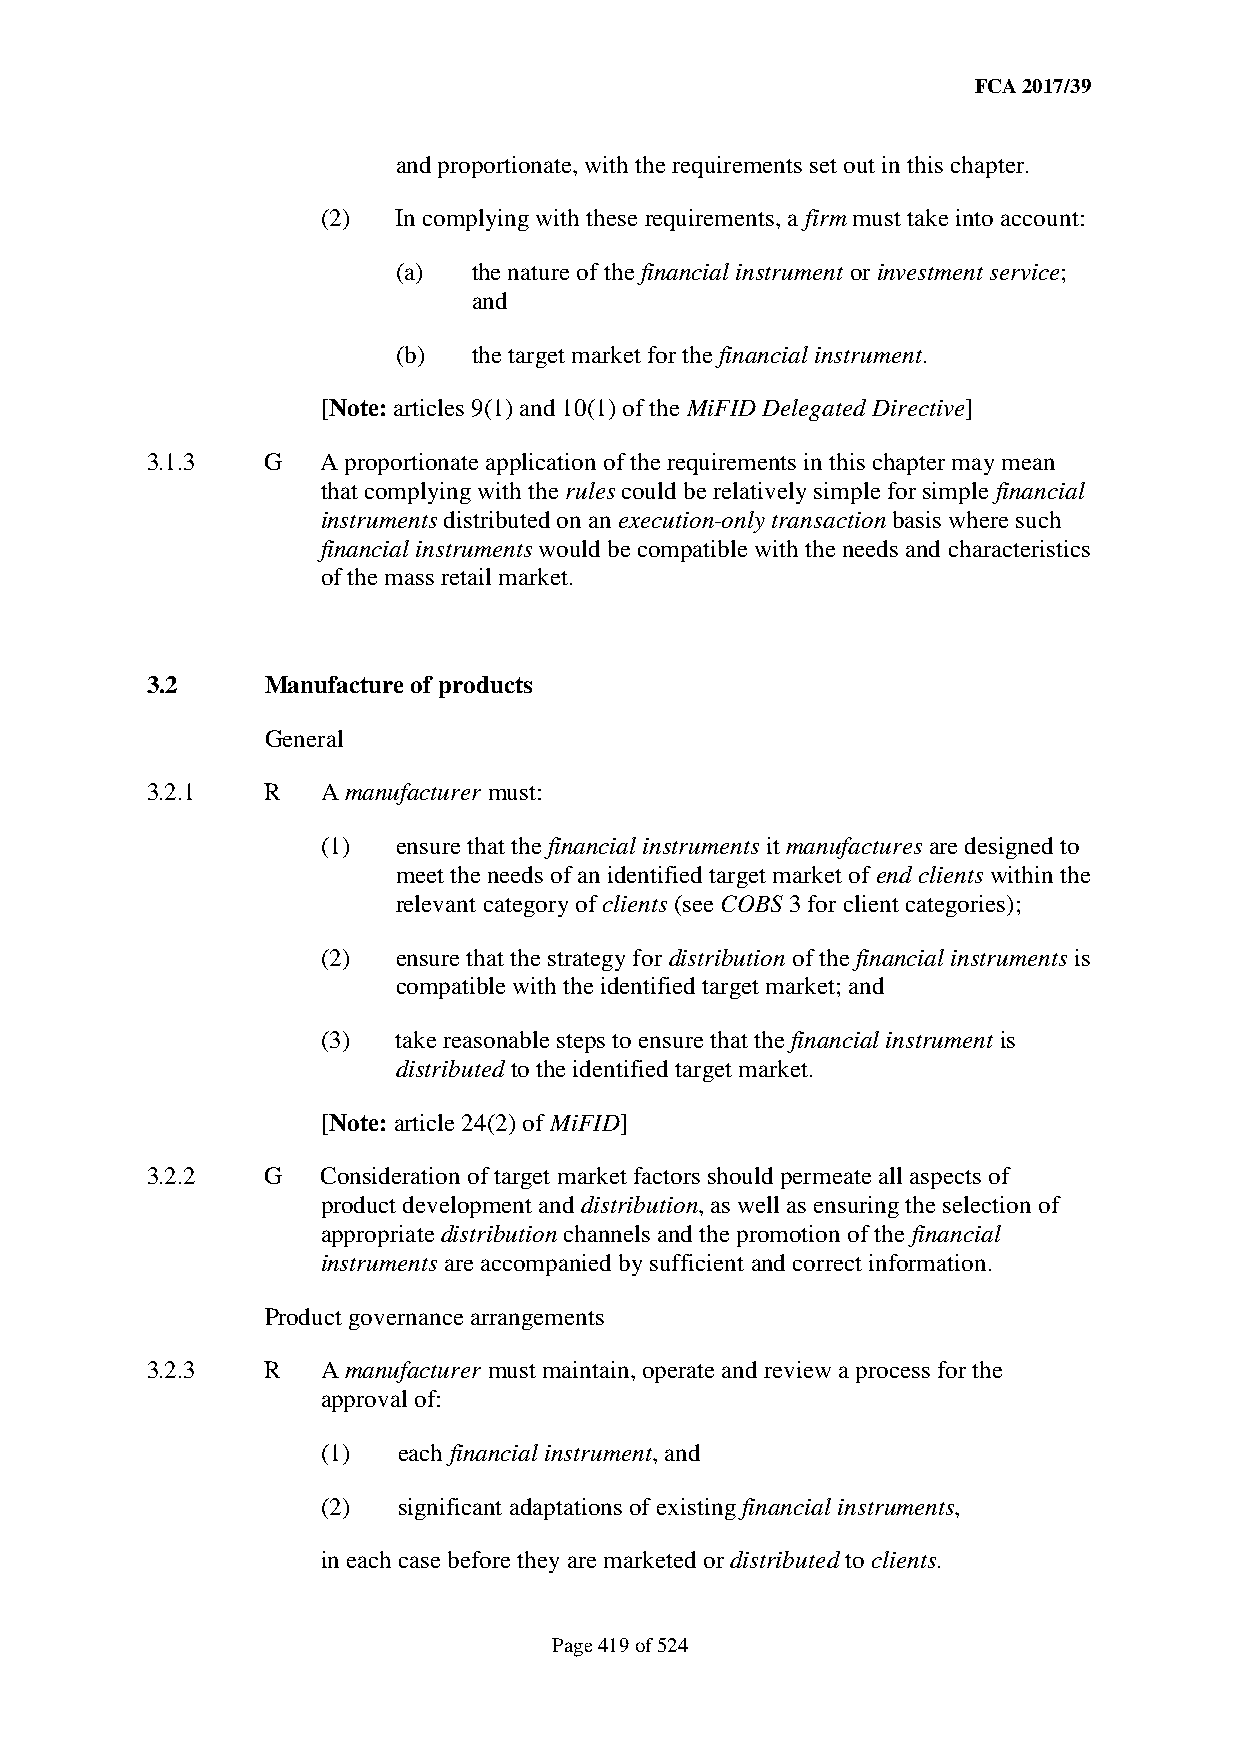
FCA 2017/39
 and proportionate, with the requirements set out in this chapter.
 (2)  In complying with these requirements, a firm must take into account:
 (a)  the nature of the financial instrument or investment service;
 and
 (b)  the target market for the financial instrument.
 [Note: articles 9(1) and 10(1) of the MiFID Delegated Directive]
 3.1.3   G  A proportionate application of the requirements in this chapter may mean
 that complying with the rules could be relatively simple for simple financial
 instruments distributed on an execution-only transaction basis where such
 financial instruments would be compatible with the needs and characteristics
 of the mass retail market.
 3.2     Manufacture of products
 General
 3.2.1   R  A manufacturer must:
 (1)  ensure that the financial instruments it manufactures are designed to
 meet the needs of an identified target market of end clients within the
 relevant category of clients (see COBS 3 for client categories);
 (2)  ensure that the strategy for distribution of the financial instruments is
 compatible with the identified target market; and
 (3)  take reasonable steps to ensure that the financial instrument is
 distributed to the identified target market.
 [Note: article 24(2) of MiFID]
 3.2.2   G  Consideration of target market factors should permeate all aspects of
 product development and distribution, as well as ensuring the selection of
 appropriate distribution channels and the promotion of the financial
 instruments are accompanied by sufficient and correct information.
 Product governance arrangements
 3.2.3   R  A manufacturer must maintain, operate and review a process for the
 approval of:
 (1)  each financial instrument, and
 (2)  significant adaptations of existing financial instruments,
 in each case before they are marketed or distributed to clients.
 Page 419 of 524